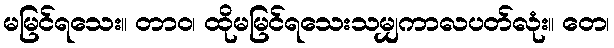
မမြင်ရသေး။ တာဝ၊ ထိုမမြင်ရသေးသမျှကာလပတ်လုံး။ တေ၊